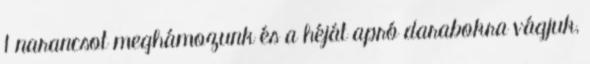
1 narancsot meghámozunk és a héját apró darabokra vágjuk,